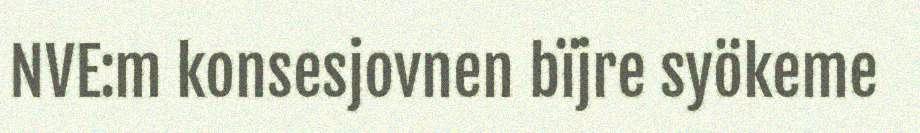
NVE:m konsesjovnen bïjre syökeme